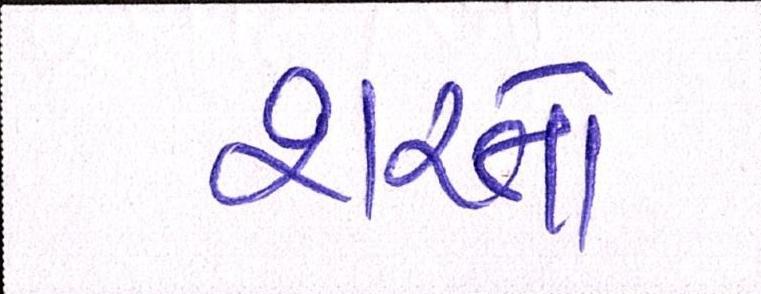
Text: શરતો